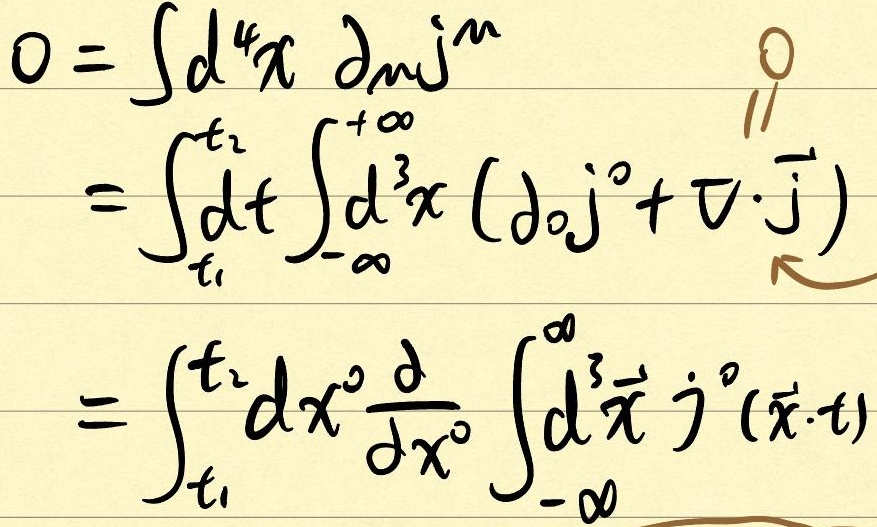
\[
\begin{align*}
0&=\int d^{4}x\partial_{\mu}j^{\mu}\\
&=\int_{t_{1}}^{t_{2}}dt\int_{-\infty}^{+\infty}d^{3}x(\partial_{0}j^{0}+\nabla\cdot\vec{j})\\
&=\int_{t_{1}}^{t_{2}}dx^{0}\frac{d}{dx^{0}}\int_{-\infty}^{\infty}d^{3}\vec{x}j^{0}(\vec{x},t)
\end{align*}
\]